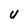
Character: U